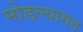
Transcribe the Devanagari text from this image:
मोडल्यागत